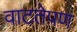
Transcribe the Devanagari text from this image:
वाटतेपण